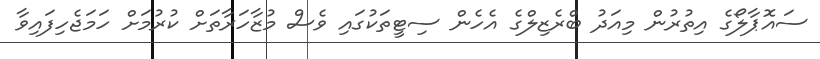
ސައޮޕާލޯގެ އިތުރުން މިއަދު ބްރެޒިލްގެ އެހެން ސިޓީތަކުގައި ވެސް މުޒާހަރާތަށް ކުރުމަށް ހަމަޖެހިފައިވާ